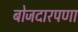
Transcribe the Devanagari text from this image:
बोजदारपणा